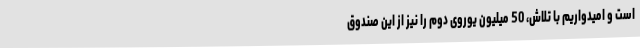
است و امیدواریم با تلاش، 50 میلیون یوروی دوم را نیز از این صندوق